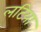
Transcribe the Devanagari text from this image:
लटिया